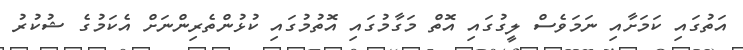
އަތުގައި ކަމަށާއި ނަމަވެސް ލީގުގައި އޮތް މަގާމުގައި އޮތުމުގައި ކުޅުންތެރިންނަށް އެކަމުގެ ޝުކުރު